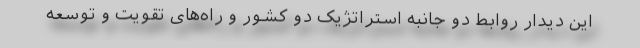
این دیدار روابط دو جانبه استراتژیک دو کشور و راه‌های تقویت و توسعه